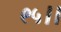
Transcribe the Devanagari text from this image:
९५।।